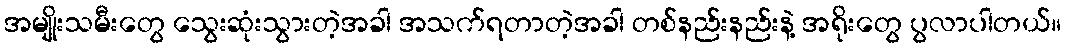
အမျိုးသမီးတွေ သွေးဆုံးသွားတဲ့အခါ အသက်ရတာတဲ့အခါ တစ်နည်းနည်းနဲ့ အရိုးတွေ ပွလာပါတယ်။